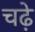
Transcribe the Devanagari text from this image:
चढे़